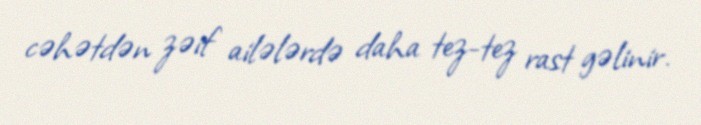
cəhətdən zəif ailələrdə daha tez-tez rast gəlinir.